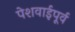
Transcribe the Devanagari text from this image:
पेशवाईपूर्व